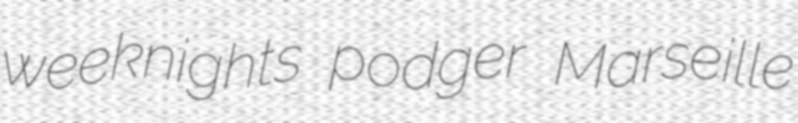
weeknights podger Marseille